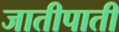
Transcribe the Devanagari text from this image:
जातीपाती